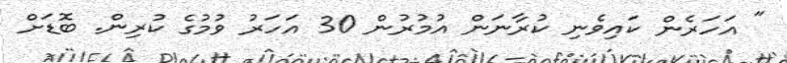
" އަހަރެން ކައިވެނި ކުރާނަން އުމުރުން 30 އަހަރު ވުމުގެ ކުރިން. ބޮޑަށް